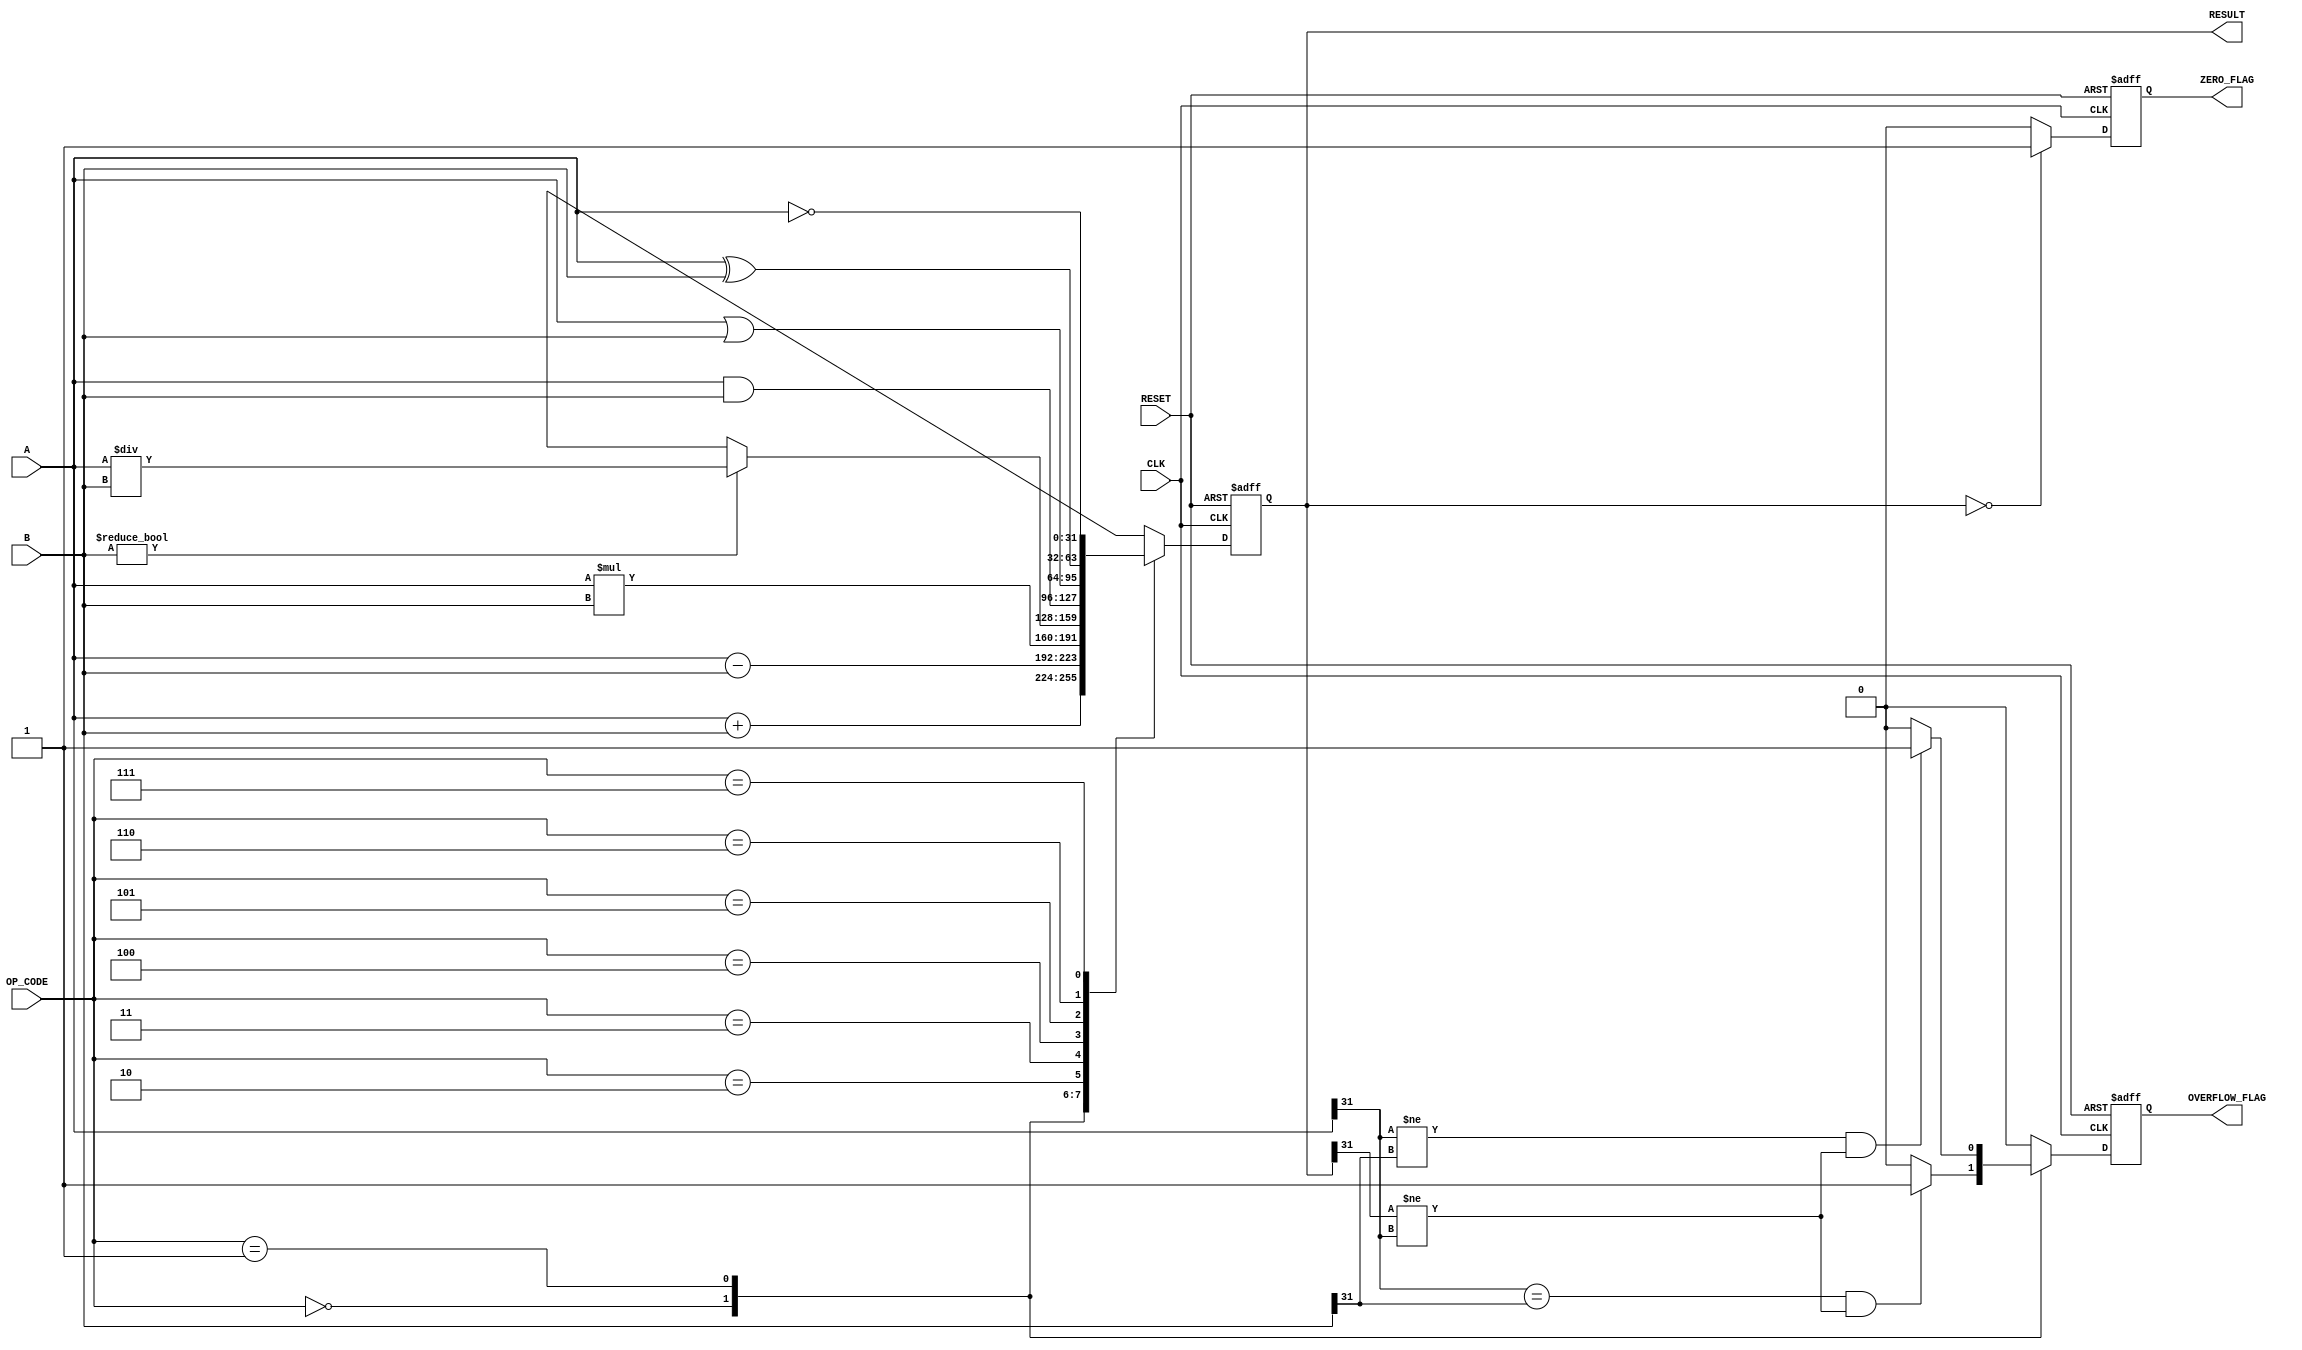
module parameterized_ALU #(
    parameter DATA_WIDTH = 32,                // Default bit-width
    parameter OPERATION = 5                    // Defines number of operations
)(
    input  wire [DATA_WIDTH-1:0] A,          // Operand 1
    input  wire [DATA_WIDTH-1:0] B,          // Operand 2
    input  wire [2:0] OP_CODE,                // Control signal to select operation
    input  wire CLK,                           // Clock signal
    input  wire RESET,                         // Asynchronous reset
    output reg [DATA_WIDTH-1:0] RESULT,       // Output result
    output reg ZERO_FLAG,                      // Zero flag
    output reg OVERFLOW_FLAG                   // Overflow flag
);

    // Define operation codes
    localparam ADD      = 3'b000;
    localparam SUB      = 3'b001;
    localparam MUL      = 3'b010;
    localparam DIV      = 3'b011;
    localparam AND      = 3'b100;
    localparam OR       = 3'b101;
    localparam XOR      = 3'b110;
    localparam NOT      = 3'b111;              // Unary operation (only A)
    localparam SHIFT_L  = 3'b1000;             // A << B
    localparam SHIFT_R  = 3'b1001;             // A >> B

    always @(posedge CLK or posedge RESET) begin
        if (RESET) begin
            RESULT <= 0;
            ZERO_FLAG <= 0;
            OVERFLOW_FLAG <= 0;
        end else begin
            // Reset flags
            ZERO_FLAG <= 0;
            OVERFLOW_FLAG <= 0;
            
            case (OP_CODE)
                ADD: begin
                    RESULT <= A + B;
                    // Check for overflow
                    if ((A[DATA_WIDTH-1] == B[DATA_WIDTH-1]) && (RESULT[DATA_WIDTH-1] != A[DATA_WIDTH-1]))
                        OVERFLOW_FLAG <= 1;
                end

                SUB: begin
                    RESULT <= A - B;
                    // Check for overflow
                    if ((A[DATA_WIDTH-1] != B[DATA_WIDTH-1]) && (RESULT[DATA_WIDTH-1] != A[DATA_WIDTH-1]))
                        OVERFLOW_FLAG <= 1;
                end

                MUL: begin
                    RESULT <= A * B;
                    // Overflow handling can be added if necessary
                end

                DIV: begin
                    if (B != 0) begin
                        RESULT <= A / B;
                    end else begin
                        RESULT <= {DATA_WIDTH{1'bx}}; // Undefined for division by zero
                    end
                end

                AND: RESULT <= A & B;
                OR:  RESULT <= A | B;
                XOR: RESULT <= A ^ B;
                NOT: RESULT <= ~A;

                SHIFT_L: RESULT <= A << B[4:0]; // Limit shift amount to 5 bits
                SHIFT_R: RESULT <= A >> B[4:0]; // Limit shift amount to 5 bits

                default: RESULT <= 0; // Default case
            endcase
            
            // Set ZERO_FLAG if RESULT is zero
            if (RESULT == 0) 
                ZERO_FLAG <= 1;
        end
    end
endmodule